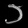
Digit: ၁